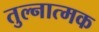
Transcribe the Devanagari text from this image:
तुल्नात्मक